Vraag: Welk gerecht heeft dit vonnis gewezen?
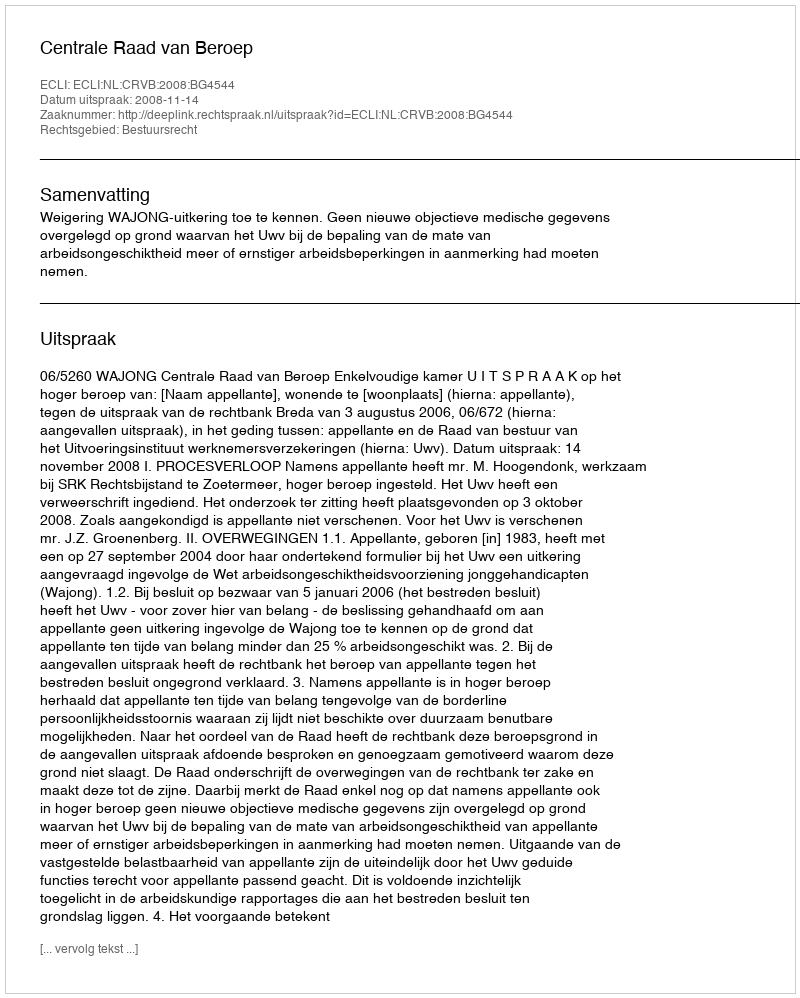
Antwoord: Centrale Raad van Beroep